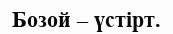
Бозой – үстірт.